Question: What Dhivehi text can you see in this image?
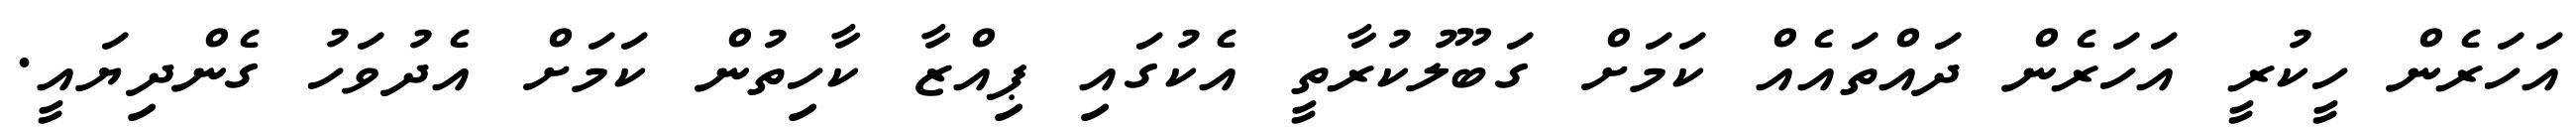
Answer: އަހަރެން ހީކުރީ އަހަރެން ދައްތައެއް ކަމަށް ގަބޫލުކުރާތީ އެކުގައި ޕިއްޒާ ކާހިތުން ކަމަށް އެދުވަހު ގެންދިޔައީ.